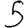
Digit: 5